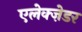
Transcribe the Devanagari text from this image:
एलेक्ज़ेडर